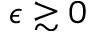
\epsilon \gtrsim 0